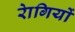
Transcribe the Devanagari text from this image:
राेगियों